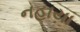
નહાયા